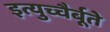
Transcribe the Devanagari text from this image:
इत्युच्चैर्बूते